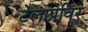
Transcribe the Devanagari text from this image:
टेलाप्रेविर